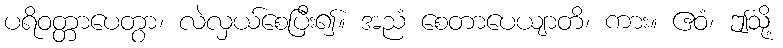
ပရိဝတ္တာပေတွာ၊ လဲလှယ်စေပြီး၍။ အညံ စေတာပေယျာတိ၊ ကား။ ဧဝံ၊ ဤသို့